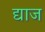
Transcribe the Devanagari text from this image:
द्याज